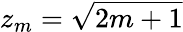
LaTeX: z_{m}=\sqrt{2m+1}